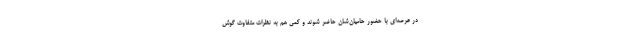
در عرصه‌اي با حضور حاميان‌شان حاضر شوند و كمي هم به نظرات متفاوت گوش